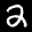
Label: 2